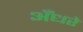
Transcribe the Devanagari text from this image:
अँधरे